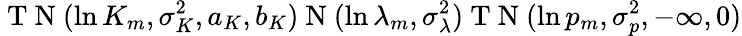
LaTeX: \mathrm{~T~N~}(\ln K_{m},\sigma_{K}^{2},a_{K},b_{K})\mathrm{~N~}(\ln\lambda_{m},\sigma_{\lambda}^{2})\mathrm{~T~N~}(\ln p_{m},\sigma_{p}^{2},-\infty,0)